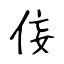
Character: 侫